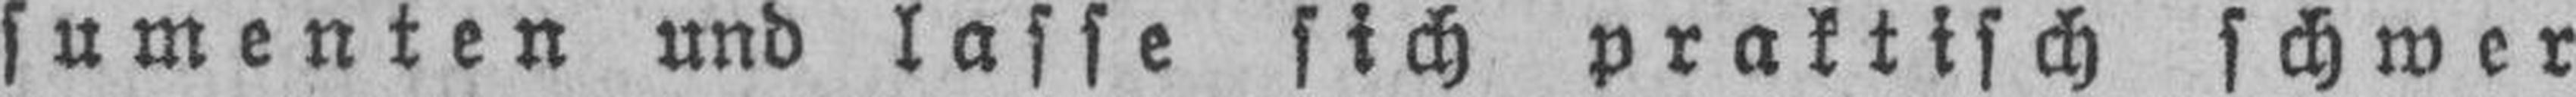
sumenten und lasse sich praktisch schwer